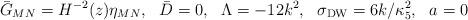
LaTeX: \begin{align*}{\bar G}_{MN} = H^{-2}(z) \eta_{MN}, ~~ \bar D=0,~~ \Lambda = -12 k^2, ~~ \sigma_{\rm DW} = 6 k / \kappa_5^2 , ~~ a=0\end{align*}